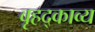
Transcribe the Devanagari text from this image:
वृहद्काव्य